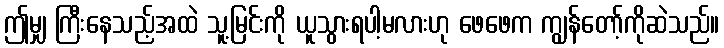
ဤမျှ ကြီးနေသည့်အထဲ သူ့မြင်းကို ယူသွားရပါ့မလားဟု ဖေဖေက ကျွန်တော့်ကိုဆဲသည်။